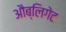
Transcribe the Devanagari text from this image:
औब्लिगेट